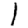
Digit: 1